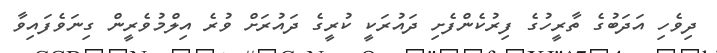
ދިވެހި އަދަބުގެ ތާރީހުގެ ފިރުކެންފެށި ދައުރަކީ ކުރީގެ ދައުރަށް ވުރެ އިލްމުވެރީން ގިނަވެފައިވާ